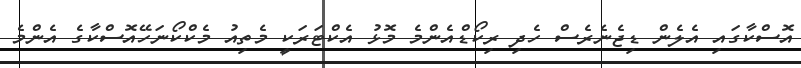
އޮސްކާގައި އެލެން ޑިޖެނެރެސް ހެދި ރިކޯޑްއެންމެ މޮޅު އެކްޓަރަކީ މެތިއު މެކްކޯނަހޭއޮސްކާގެ އެންމެ